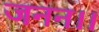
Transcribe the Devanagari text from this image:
जनन।।